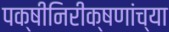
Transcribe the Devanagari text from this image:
पक्षीनिरीक्षणांच्या